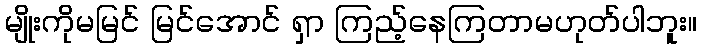
မျိုးကိုမမြင် မြင်အောင် ရှာ ကြည့်နေကြတာမဟုတ်ပါဘူး။